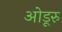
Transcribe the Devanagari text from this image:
ओडूरु